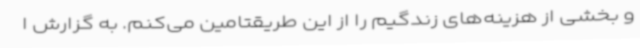
و بخشی از هزینه‌های زندگیم را از این طریقتامین می‌کنم. به گزارش ا